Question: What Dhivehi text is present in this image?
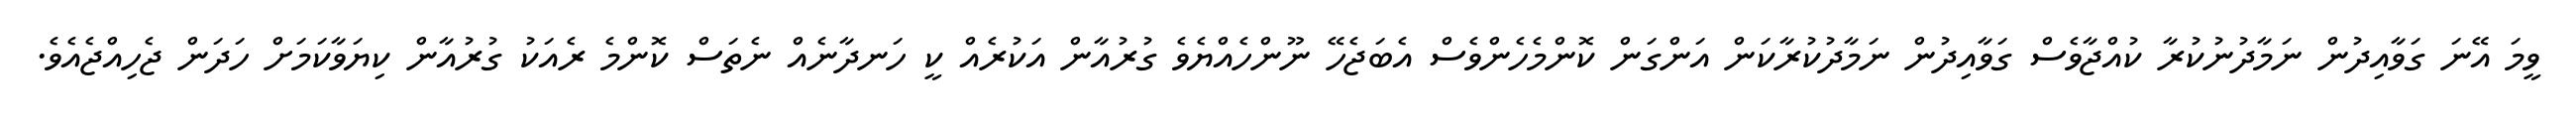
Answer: ވީމަ އޭނަ ގަވާއިދުން ނަމާދުނުކުރާ ކުއްޖާވެސް ގަވާއިދުން ނަމާދުކުރާކަން އަންގަން ކޮންމެހެންވެސް އެބަޖެހޭ ނޫންހެއްޔެވެ ގުރުއާން އަކުރެއް ކީ ހަނދާނެއް ނެތަސް ކޮންމެ ރެއަކު ގުރުއާން ކިޔަވާކަމަށް ހަދަން ޖެހިއްޖެއެވެ.